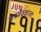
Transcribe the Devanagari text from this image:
जनसेवकाला